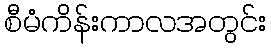
စီမံကိန်းကာလအတွင်း